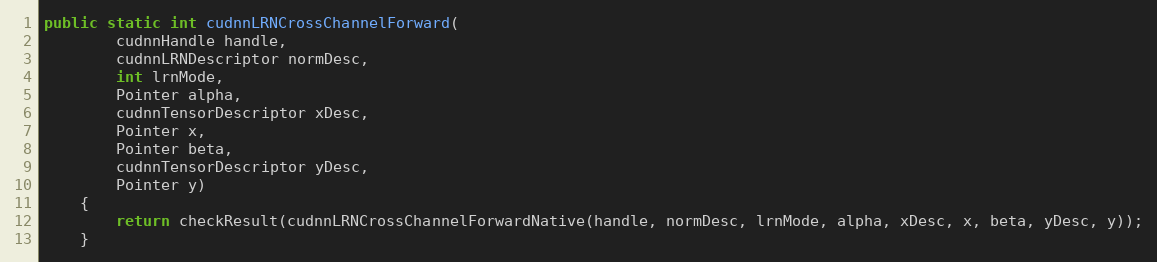
Language: Java
public static int cudnnLRNCrossChannelForward(
        cudnnHandle handle,
        cudnnLRNDescriptor normDesc,
        int lrnMode,
        Pointer alpha,
        cudnnTensorDescriptor xDesc,
        Pointer x,
        Pointer beta,
        cudnnTensorDescriptor yDesc,
        Pointer y)
    {
        return checkResult(cudnnLRNCrossChannelForwardNative(handle, normDesc, lrnMode, alpha, xDesc, x, beta, yDesc, y));
    }